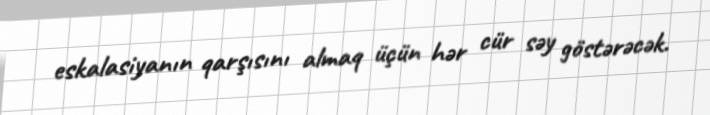
eskalasiyanın qarşısını almaq üçün hər cür səy göstərəcək.